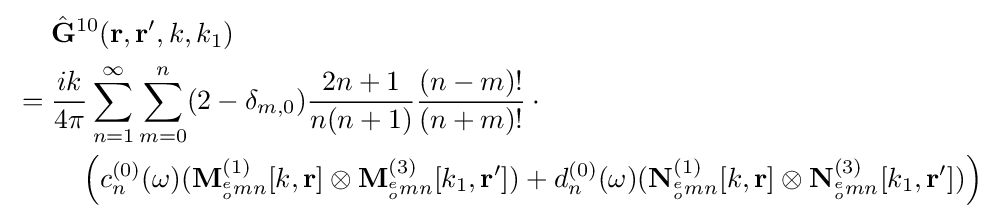
{\begin{aligned}&{\hat {\bf {G}}}^{10}({\mathbf {r} ,\mathbf {r} ',k,k_{1}})\\{}={}&{\frac {ik}{4\pi }}\sum _{n=1}^{\infty }\sum _{m=0}^{n}(2-\delta _{m,0}){\frac {2n+1}{n(n+1)}}{\frac {(n-m)!}{(n+m)!}}\cdot {}\\&\quad \left(c_{n}^{(0)}(\omega )(\mathbf {M} _{^{e}_{o}mn}^{(1)}[k,\mathbf {r} ]\otimes {\mathbf {M} }_{^{e}_{o}mn}^{(3)}[k_{1},\mathbf {r} '])+d_{n}^{(0)}(\omega )({\mathbf {N} }_{^{e}_{o}mn}^{(1)}[k,\mathbf {r} ]\otimes {\mathbf {N} }_{^{e}_{o}mn}^{(3)}[k_{1},\mathbf {r} '])\right)\end{aligned}}